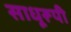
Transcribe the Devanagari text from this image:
साधूरूपी